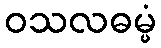
ဝသလဓမ္မံ